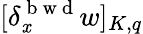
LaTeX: [\delta_{\mathit{x}}^{\mathrm{{~b~w~d~}}}w]_{K,q}